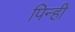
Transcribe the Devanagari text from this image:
पिन्ही